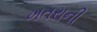
ખતરાની